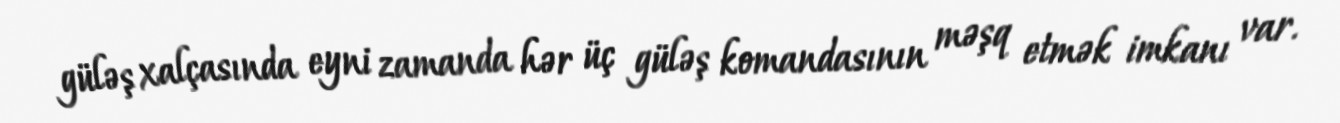
güləş xalçasında eyni zamanda hər üç güləş komandasının məşq etmək imkanı var.